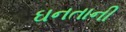
ઘનતાની